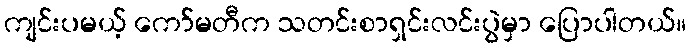
ကျင်းပမယ့် ကော်မတီက သတင်းစာရှင်းလင်းပွဲမှာ ပြောပါတယ်။